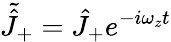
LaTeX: \tilde{\hat{J}}_{+}=\hat{J}_{+}e^{-i\omega_{z}t}